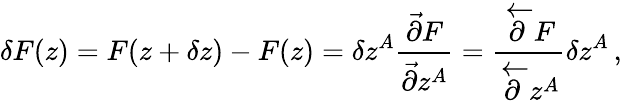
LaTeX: \delta F(z)=F(z+\delta z)-F(z)=\delta z^{A}\frac{\vec{\partial}F}{\vec{\partial}z^{A}}=\frac{\overleftarrow{\partial}F}{\overleftarrow{\partial}z^{A}}\delta z^{A}\, ,